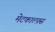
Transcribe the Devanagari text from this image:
मेटकाल्फ़्स